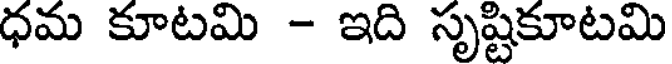
ధమ కూటమి - ఇది సృష్టికూటమి